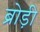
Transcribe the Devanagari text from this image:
ब्रोड़ी